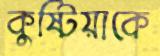
কুষ্টিয়াকে